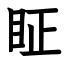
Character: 眐